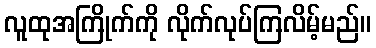
လူထုအကြိုက်ကို လိုက်လုပ်ကြလိမ့်မည်။